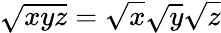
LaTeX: \sqrt{xyz}=\sqrt{x}\sqrt{y}\sqrt{z}